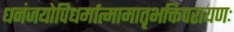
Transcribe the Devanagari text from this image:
धनंजयोपिधर्मात्मामातृभक्तिपरायणः